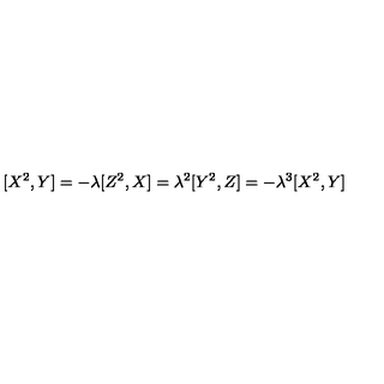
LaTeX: [ X ^ { 2 } , Y ] = - \lambda [ Z ^ { 2 } , X ] = \lambda ^ { 2 } [ Y ^ { 2 } , Z ] = - \lambda ^ { 3 } [ X ^ { 2 } , Y ]